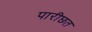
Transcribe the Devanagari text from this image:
पारीछत